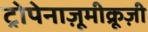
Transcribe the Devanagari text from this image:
ट्रोपेनाज़ूमीक्रूज़ी